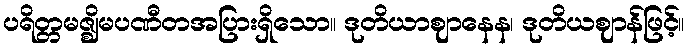
ပရိတ္တမဇ္ဈိမပဏီတအပြားရှိသော။ ဒုတိယာဈာနေန၊ ဒုတိယဈာန်ဖြင့်။